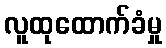
လူထုထောက်ခံမှု